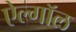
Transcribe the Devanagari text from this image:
ऐल्गॉल